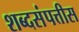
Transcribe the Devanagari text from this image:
शब्दसंपत्तीस